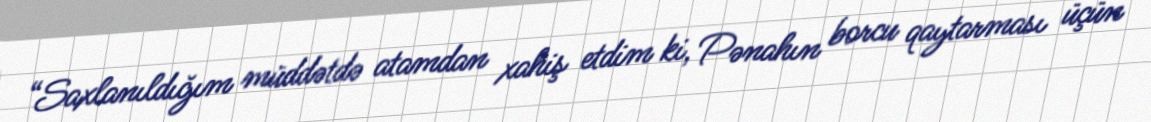
“Saxlanıldığım müddətdə atamdan xahiş etdim ki, Pənahın borcu qaytarması üçün